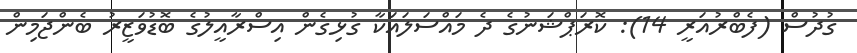
ގުދުސް (ފެބްރުއަރީ 14): ކޮރަޕްޝަނުގެ ދެ މައްސަލައަކާ ގުޅިގެން އިސްރާއީލުގެ ބޮޑުވަޒީރު ބެންޖަމިން